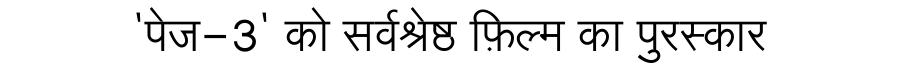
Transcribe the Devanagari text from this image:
'पेज-3' को सर्वश्रेष्ठ फ़िल्म का पुरस्कार